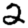
Digit: 2